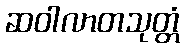
ဆဝါလာတသုတ္တံ